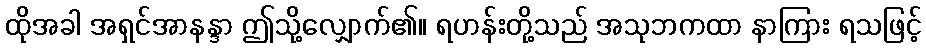
ထိုအခါ အရှင်အာနန္ဒာ ဤသို့လျှောက်၏။ ရဟန်းတို့သည် အသုဘကထာ နာကြား ရသဖြင့်